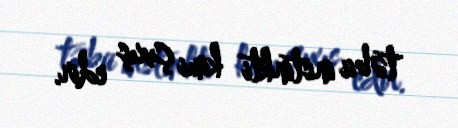
təbii instinkti kimi çıxış edir.